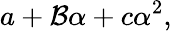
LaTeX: a+\mathcal{B}\alpha+c\alpha^{2},